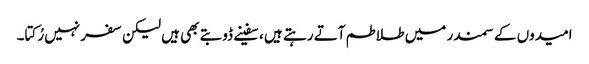
امیدوں کے سمندر میں طلاطم آتے رہتے ہیں ، سفینے ڈوبتے بھی ہیں لیکن سفر نہیں رُکتا۔